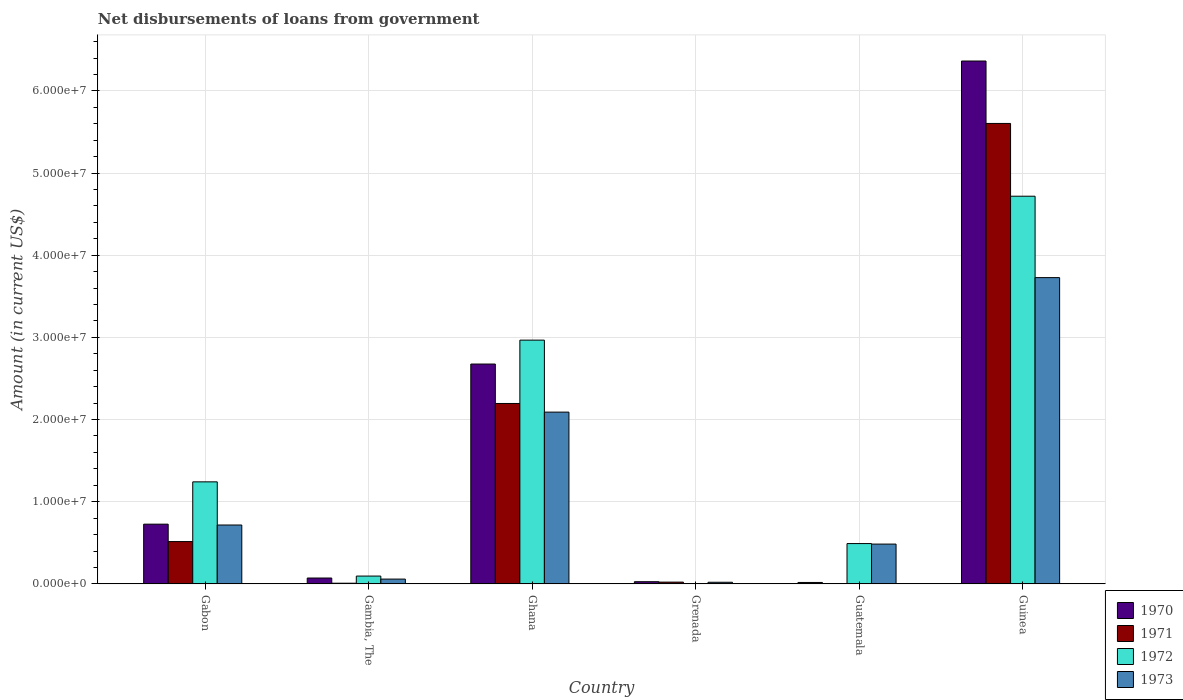
| Country | 1970 | 1971 | 1972 | 1973 |
 | --- | --- | --- | --- | --- |
 | Gabon | 7.27e+06 | 5.15e+06 | 1.24e+07 | 7.16e+06 |
 | Gambia, The | 7.11e+05 | 8e+04 | 9.48e+05 | 5.81e+05 |
 | Ghana | 2.68e+07 | 2.2e+07 | 2.97e+07 | 2.09e+07 |
 | Grenada | 2.62e+05 | 2.13e+05 | -1.85e+05 | 1.95e+05 |
 | Guatemala | 1.7e+05 | -1.43e+05 | 4.9e+06 | 4.84e+06 |
 | Guinea | 6.36e+07 | 5.6e+07 | 4.72e+07 | 3.73e+07 |